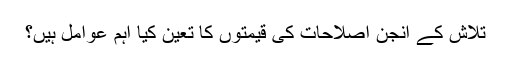
تلاش کے انجن اصلاحات کی قیمتوں کا تعین کیا اہم عوامل ہیں؟